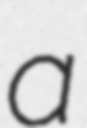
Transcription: a